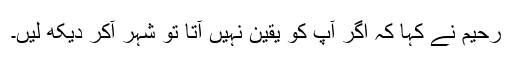
رحیم نے کہا کہ اگر آپ کو یقین نہیں آتا تو شہر آکر دیکھ لیں۔